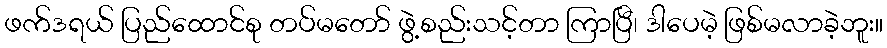
ဖက်ဒရယ် ပြည်ထောင်စု တပ်မတော် ဖွဲ့စည်းသင့်တာ ကြာပြီ၊ ဒါပေမဲ့ ဖြစ်မလာခဲ့ဘူး။